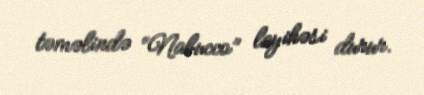
təməlində “Nabucco” layihəsi durur.